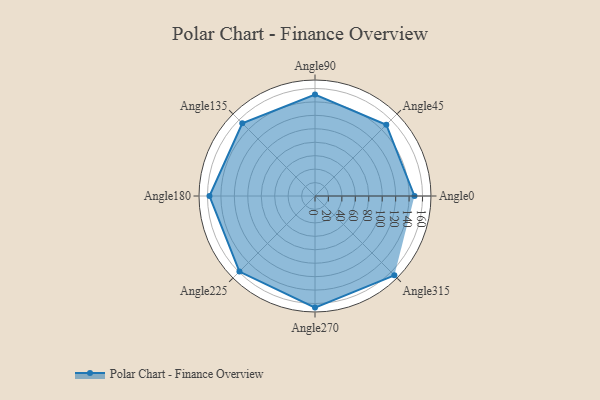
{"axis": {"x": "Angle", "y": "Radius"}, "legend": [""], "data": [{"x": "Angle0", "y": 148.0, "type": ""}, {"x": "Angle45", "y": 150.0, "type": ""}, {"x": "Angle90", "y": 151.0, "type": ""}, {"x": "Angle135", "y": 153.0, "type": ""}, {"x": "Angle180", "y": 157.0, "type": ""}, {"x": "Angle225", "y": 159.0, "type": ""}, {"x": "Angle270", "y": 166.0, "type": ""}, {"x": "Angle315", "y": 167.0, "type": ""}]}